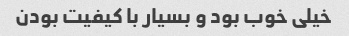
خیلی خوب بود و بسیار با کیفیت بودن